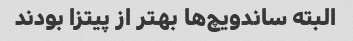
البته ساندویچ‌ها بهتر از پیتزا بودند